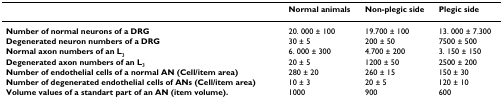
|  | Normal animals | Non-plegic side | Plegic side |
 | --- | --- | --- | --- |
 | Number of normal neurons of a DRG | 20. 000 ± 100 | 19.700 ± 100 | 13. 000 ± 7.300 |
 | Degenerated neuron numbers of a DRG | 30 ± 5 | 200 ± 50 | 7500 ± 500 |
 | Normal axon numbers of an L3 | 6. 000 ± 300 | 4.700 ± 200 | 3. 150 ± 150 |
 | Degenerated axon numbers of an L3 | 20 ± 5 | 1200 ± 50 | 2500 ± 200 |
 | Number of endothelial cells of a normal AN (Cell/item area) | 280 ± 20 | 260 ± 15 | 150 ± 30 |
 | Number of degenerated endothelial cells of ANs (Cell/item area) | 10 ± 3 | 20 ± 5 | 120 ± 10 |
 | Volume values of a standart part of an AN (item volume). | 1000 | 900 | 600 |